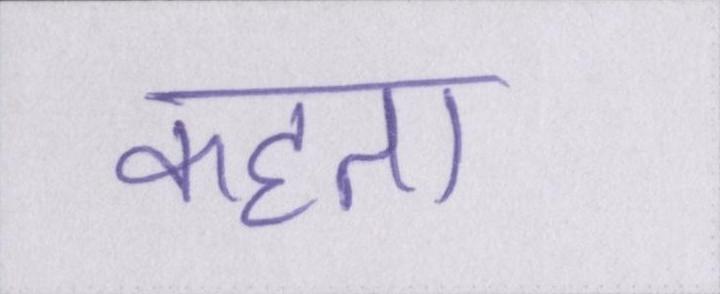
कहता